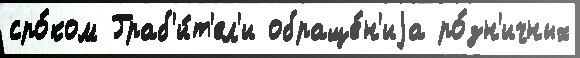
сро́ком Граб'и́т'ел'и обраще́н'иjа ро́зн'ичных